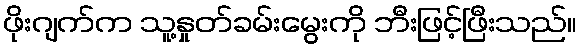
ဖိုးဂျက်က သူ့နှုတ်ခမ်းမွေးကို ဘီးဖြင့်ဖြီးသည်။